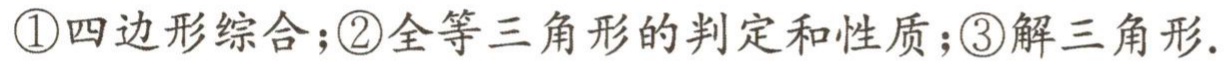
\textcircled{1}四边形综合；\textcircled{2}全等三角形的判定和性质；\textcircled{3}解三角形.